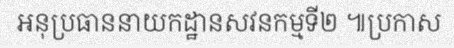
អនុប្រធាននាយកដ្ឋានសវនកម្មទី២ ៕ប្រកាស